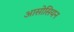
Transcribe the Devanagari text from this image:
आसोसियन